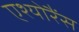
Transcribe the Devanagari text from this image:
एश्योरैंस